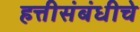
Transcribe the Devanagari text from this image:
हत्तीसंबंधीचे